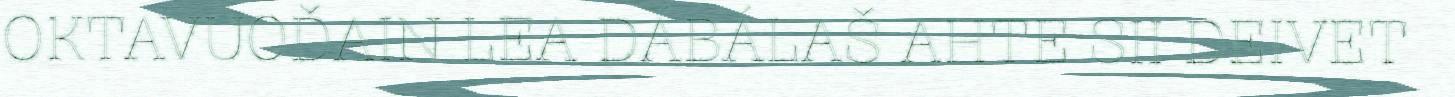
OKTAVUOĐAIN LEA DÁBÁLAŠ AHTE SII DEIVET